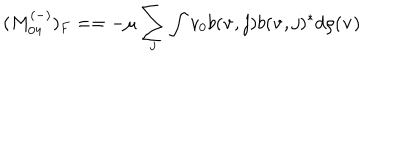
( M _ { 0 4 } ^ { ( - ) } ) _ { F } = = - \mu \sum _ { j } \int v _ { 0 } b ( { \bf v } , j ) b ( { \bf v } , j ) ^ { * } d \rho ( { \bf v } )